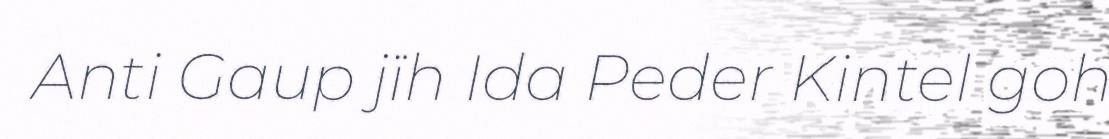
Anti Gaup jïh Ida Peder Kintel goh